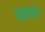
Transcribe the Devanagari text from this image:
एडरसन